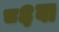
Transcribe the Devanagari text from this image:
८६वा